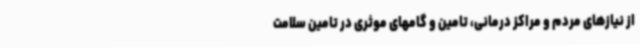
از نیازهای مردم و مراکز درمانی، تامین و گامهای موثری در تامین سلامت